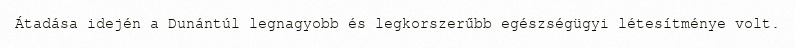
Átadása idején a Dunántúl legnagyobb és legkorszerűbb egészségügyi létesítménye volt.